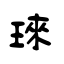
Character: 琜